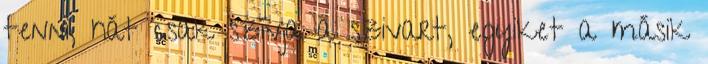
tenni, hát csak szívja a szivart, egyiket a másik